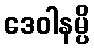
ဒေဝါနမ္ပိ